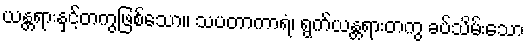
ယန္တရားနှင့်တကွဖြစ်သော။ သပတာကာရံ၊ ရွက်ယန္တရားတကွ ခပ်သိမ်းသော